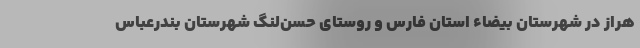
هراز در شهرستان بیضاء استان فارس و روستای حسن‌لنگ شهرستان بندرعباس